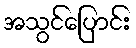
အသွင်ပြောင်း